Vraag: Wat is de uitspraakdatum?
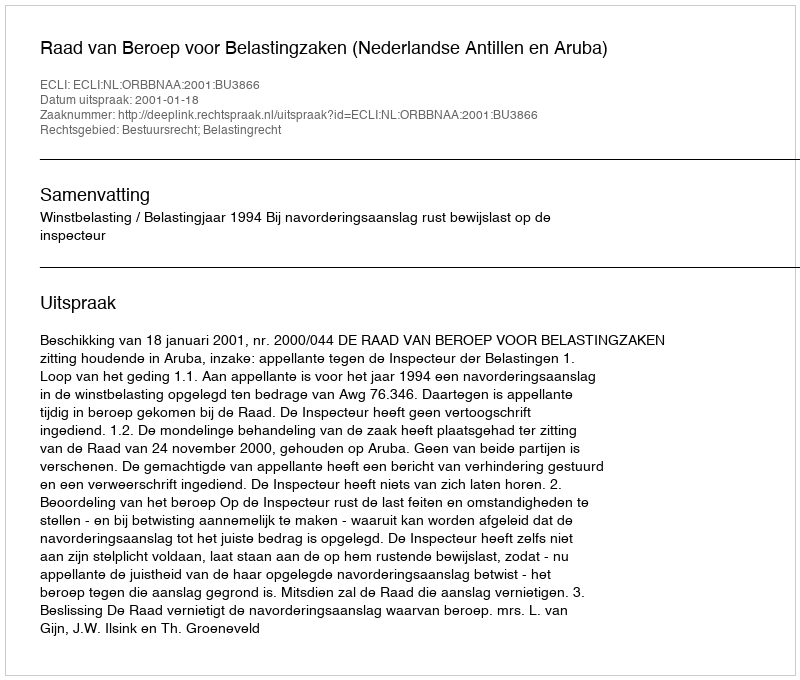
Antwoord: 2001-01-18